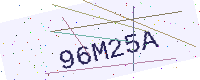
Text: 96M25A